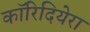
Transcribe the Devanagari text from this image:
कॉरिदियेरा